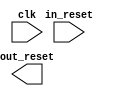
module interlaken_phy_reset_bridge_0 (
		input  wire  clk,       //       clk.clk
		input  wire  in_reset,  //  in_reset.reset
		output wire  out_reset  // out_reset.reset
	);
endmodule